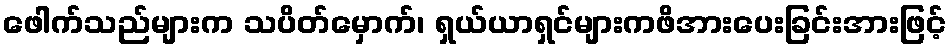
ဖေါက်သည်များက သပိတ်မှောက်၊ ရှယ်ယာရှင်များကဖိအားပေးခြင်းအားဖြင့်